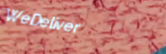
WeDeliver